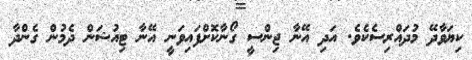
ކިޔަވާދޭ މުދައްރިސެެކެވެ. އަދި އޭނާ ޖިންސީ ގޯނާކޮށްފައިވަނީ އޭނާ ޓިއުޝަން ދެމުން ގެންދާ